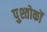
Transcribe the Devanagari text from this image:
पुश्तोकों